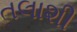
તલાશી